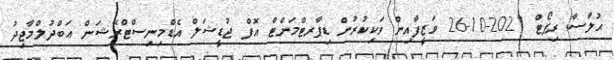
ޙުލާސާ ރިޕޯޓް 2021-10-26 ވަޒީފާއިން ވަކިކުރުން ޑިޕާރޓްމަންޓް އޮފް ޖުޑީޝަލް އެޑްމިނިސްޓްރޭޝަން ޢަބްދުލްމާޖިދު